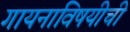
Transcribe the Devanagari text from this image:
गायनाविषयीची